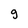
Character: g